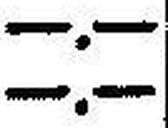
—.—